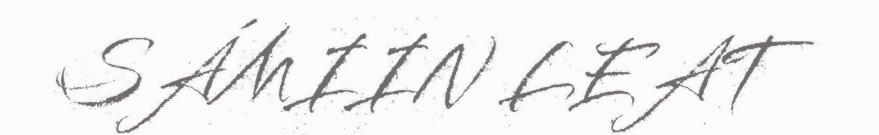
SÁMIIN LEAT